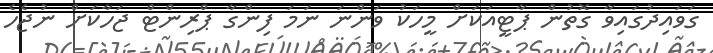
ގަވައިދުގައިވާ ގޮތުން ޕާޓީއަކަށް މީހަކު ވަންނަ ނަމަ ފިންގާ ޕްރިންޓް ޖަހާކަށް ނުޖެހެ